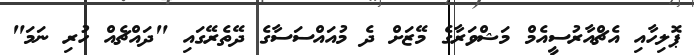
ޕޮލިހާއި އެޗްއާރުސީއެމް މަޝްވަރާގެ މޭޒަށް ދެ މުއައްސަސާގެ ދޭތެރޭގައި "ދައްޗެއް ހުރި ނަމަ"